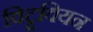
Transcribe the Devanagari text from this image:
विट्रूवियन